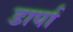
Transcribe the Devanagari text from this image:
डार्पा